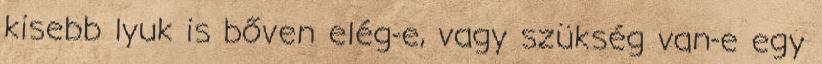
kisebb lyuk is bőven elég-e, vagy szükség van-e egy